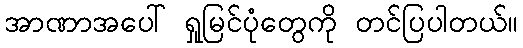
အာဏာအပေါ် ရှုမြင်ပုံတွေကို တင်ပြပါတယ်။